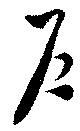
戸